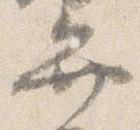
弁